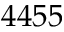
4 4 5 5